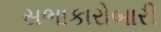
સભાકારોબારી